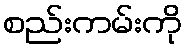
စည်းကမ်းကို